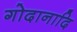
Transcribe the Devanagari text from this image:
गोदानादि